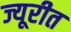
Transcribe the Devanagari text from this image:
ज्यूरीत